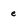
Character: e